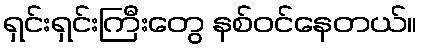
ရှင်းရှင်းကြီးတွေ နစ်ဝင်နေတယ်။